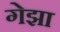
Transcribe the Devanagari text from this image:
गेझा